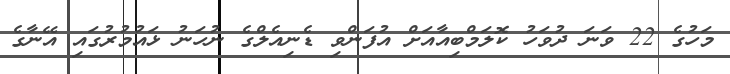
މަހުގެ 22 ވަނަ ދުވަހު ކޮލަމްބިއާއަށް އުފަންވި ޑެނިއެލްގެ ނުހަނު ޅައުމުރުގައި އޭނާގެ